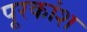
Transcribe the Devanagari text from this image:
पूरकांश